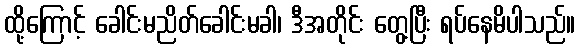
ထို့ကြောင့် ခေါင်းမညိတ်ခေါင်းမခါ၊ ဒီအတိုင်း တွေ့ပြီး ရပ်နေမိပါသည်။